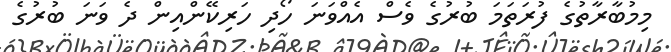
މިމުބާރާތުގެ ފުރަތަމަ ބުރުގެ ވެސް އެއްވަނަ ހޯދި ހަރިކޭންއިން ދެ ވަނަ ބުރުގެ